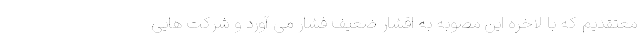
معتقدیم که با لاخره این مصوبه به اقشار ضعیف فشار می آورد و شرکت هایی